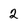
Character: 2